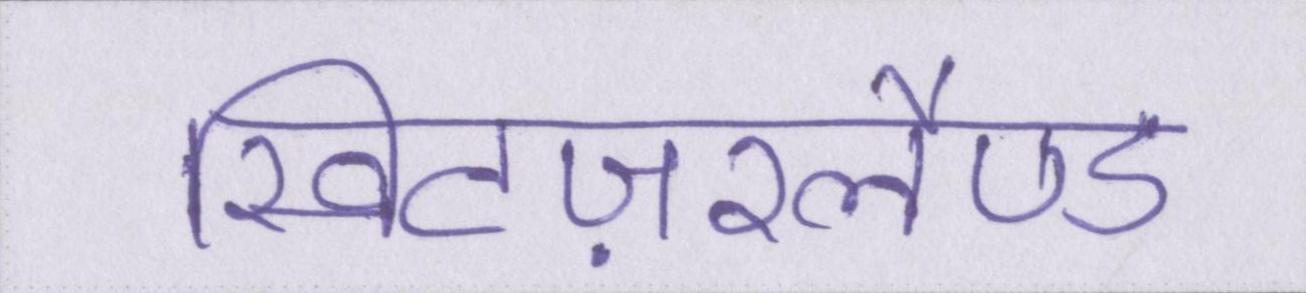
स्विटज़रलैण्ड